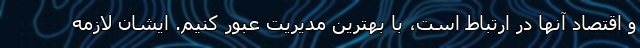
و اقتصاد آنها در ارتباط است، با بهترین مدیریت عبور کنیم. ایشان لازمه